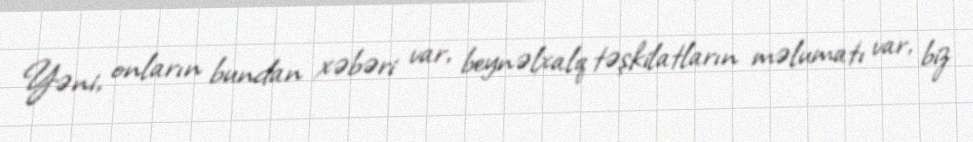
Yəni, onların bundan xəbəri var, beynəlxalq təşkilatların məlumatı var, biz